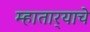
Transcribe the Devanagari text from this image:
म्हातार्‍याचे